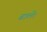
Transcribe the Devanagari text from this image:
ढालें।